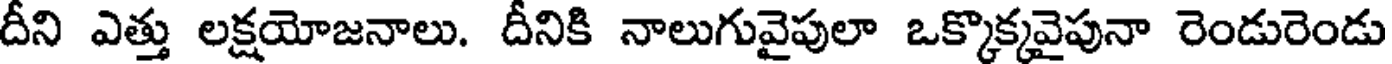
దీని ఎత్తు లక్షయోజనాలు. దీనికి నాలుగువైపులా ఒక్కొక్కవైపునా రెండురెండు